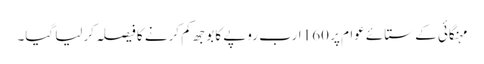
مہنگائی کے ستائے عوام پر 160 ارب روپے کا بوجھ کم کرنے کا فیصلہ کرلیا گیا۔